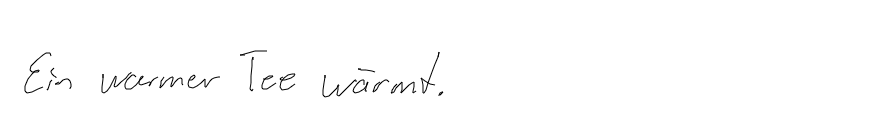
Ein warmer Tee wärmt.